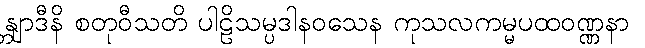
န္တျာဒီနိ စတုဝီသတိ ပါဠိသမ္ပဒါနဝသေန ကုသလကမ္မပထဝဏ္ဏနာ